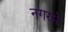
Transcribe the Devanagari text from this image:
नगरमें